Indian journal of veterinary science and animal husbandry - Volumes 15-17, 1948-1951
Year: 1948
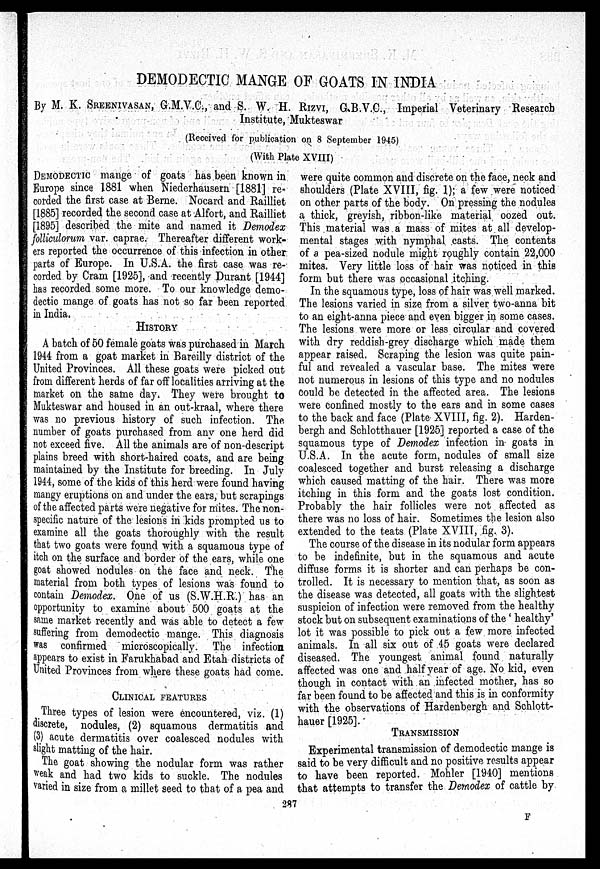
DEMODECTIC MANGE OF GOATS IN INDIA
By M. K. SREENIVASAN, G.M.V.C., and S. W. H. RIZVI, G.B.V.C., Imperial Veterinary Research
Institute, Mukteswar
(Received for publication on 8 September 1945)
(With Plate XVIII)
DEMODECTIC mange of goats has been known in
Europe since 1881 when Niederhausern [1881] re-
corded the first case at Berne. Nocard and Railliet
[1885] recorded the second case at Alfort, and Railliet
[1895] described the mite and named it Demodex
folliculorum var. caprae. Thereafter different work-
ers reported the occurrence of this infection in other
parts of Europe. In U.S.A. the first case was re-
corded by Cram [1925], and recently Durant [1944]
has recorded some more. To our knowledge demo-
dectic mange of goats has not so far been reported
in India.
HISTORY
A batch of 50 female goats was purchased in March
1944 from a goat market in Bareilly district of the
United Provinces. All these goats were picked out
from different herds of far off localities arriving at the
market on the same day. They were brought to
Mukteswar and housed in an out-kraal, where there
was no previous history of such infection. The
number of goats purchased from any one herd did
not exceed five. All the animals are of non-descript
plains breed with short-haired coats, and are being
maintained by the Institute for breeding. In July
1944, some of the kids of this herd were found having
mangy eruptions on and under the ears, but scrapings
of the affected parts were negative for mites. The non-
specific nature of the lesions in kids prompted us to
examine all the goats thoroughly with the result
that two goats were found with a squamous type of
itch on the surface and border of the ears, while one
goat showed nodules on the face and neck. The
material from both types of lesions was found to
contain Demodex. One of us (S.W.H.R.) has an
opportunity to examine about 500 goats at the
same market recently and was able to detect a few
suffering from demodectic mange. This diagnosis
was confirmed microscopically. The infection
appears to exist in Farukhabad and Etah districts of
United Provinces from where these goats had come.
CLINICAL FEATURES
Three types of lesion were encountered, viz. (1)
discrete, nodules, (2) squamous dermatitis and
(3) acute dermatitis over coalesced nodules with
slight matting of the hair.
The goat showing the nodular form was rather
weak and had two kids to suckle. The nodules
varied in size from a millet seed to that of a pea and
were quite common and discrete on the face, neck and
shoulders (Plate XVIII, fig. 1); a few were noticed
on other parts of the body. On pressing the nodules
a thick, greyish, ribbon-like material oozed out.
This material was a mass of mites at all develop-
mental stages with nymphal casts. The contents
of a pea-sized nodule might roughly contain 22,000
mites. Very little loss of hair was noticed in this
form but there was occasional itching.
In the squamous type, loss of hair was well marked.
The lesions varied in size from a silver two-anna bit
to an eight-anna piece and even bigger in some cases.
The lesions were more or less circular and covered
with dry reddish-grey discharge which made them
appear raised. Scraping the lesion was quite pain-
ful and revealed a vascular base. The mites were
not numerous in lesions of this type and no nodules
could be detected in the affected area. The lesions
were confined mostly to the ears and in some cases
to the back and face (Plate XVIII, fig. 2). Harden-
bergh and Schlotthauer [1925] reported a case of the
squamous type of Demodex infection in goats in
U.S.A. In the acute form, nodules of small size
coalesced together and burst releasing a discharge
which caused matting of the hair. There was more
itching in this form and the goats lost condition.
Probably the hair follicles were not affected as
there was no loss of hair. Sometimes the lesion also
extended to the teats (Plate XVIII, fig. 3).
The course of the disease in its nodular form appears
to be indefinite, but in the squamous and acute
diffuse forms it is shorter and can perhaps be con-
trolled. It is necessary to mention that, as soon as
the disease was detected, all goats with the slightest
suspicion of infection were removed from the healthy
stock but on subsequent examinations of the' healthy'
lot it was possible to pick out a few more infected
animals. In all six out of 45 goats were declared
diseased. The youngest animal found naturally
affected was one and half year of age. No kid, even
though in contact with an infected mother, has so
far been found to be affected and this is in conformity
with the observations of Hardenbergh and Schlott-
hauer [1925].
TRANSMISSION
Experimental transmission of demodectic mange is
said to be very difficult and no positive results appear
to have been reported. Mohler [1940] mentions
that attempts to transfer the Demodex of cattle by
287
F